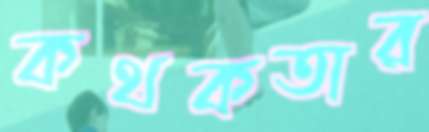
কথকতার